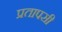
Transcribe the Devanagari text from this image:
प्रतापसी